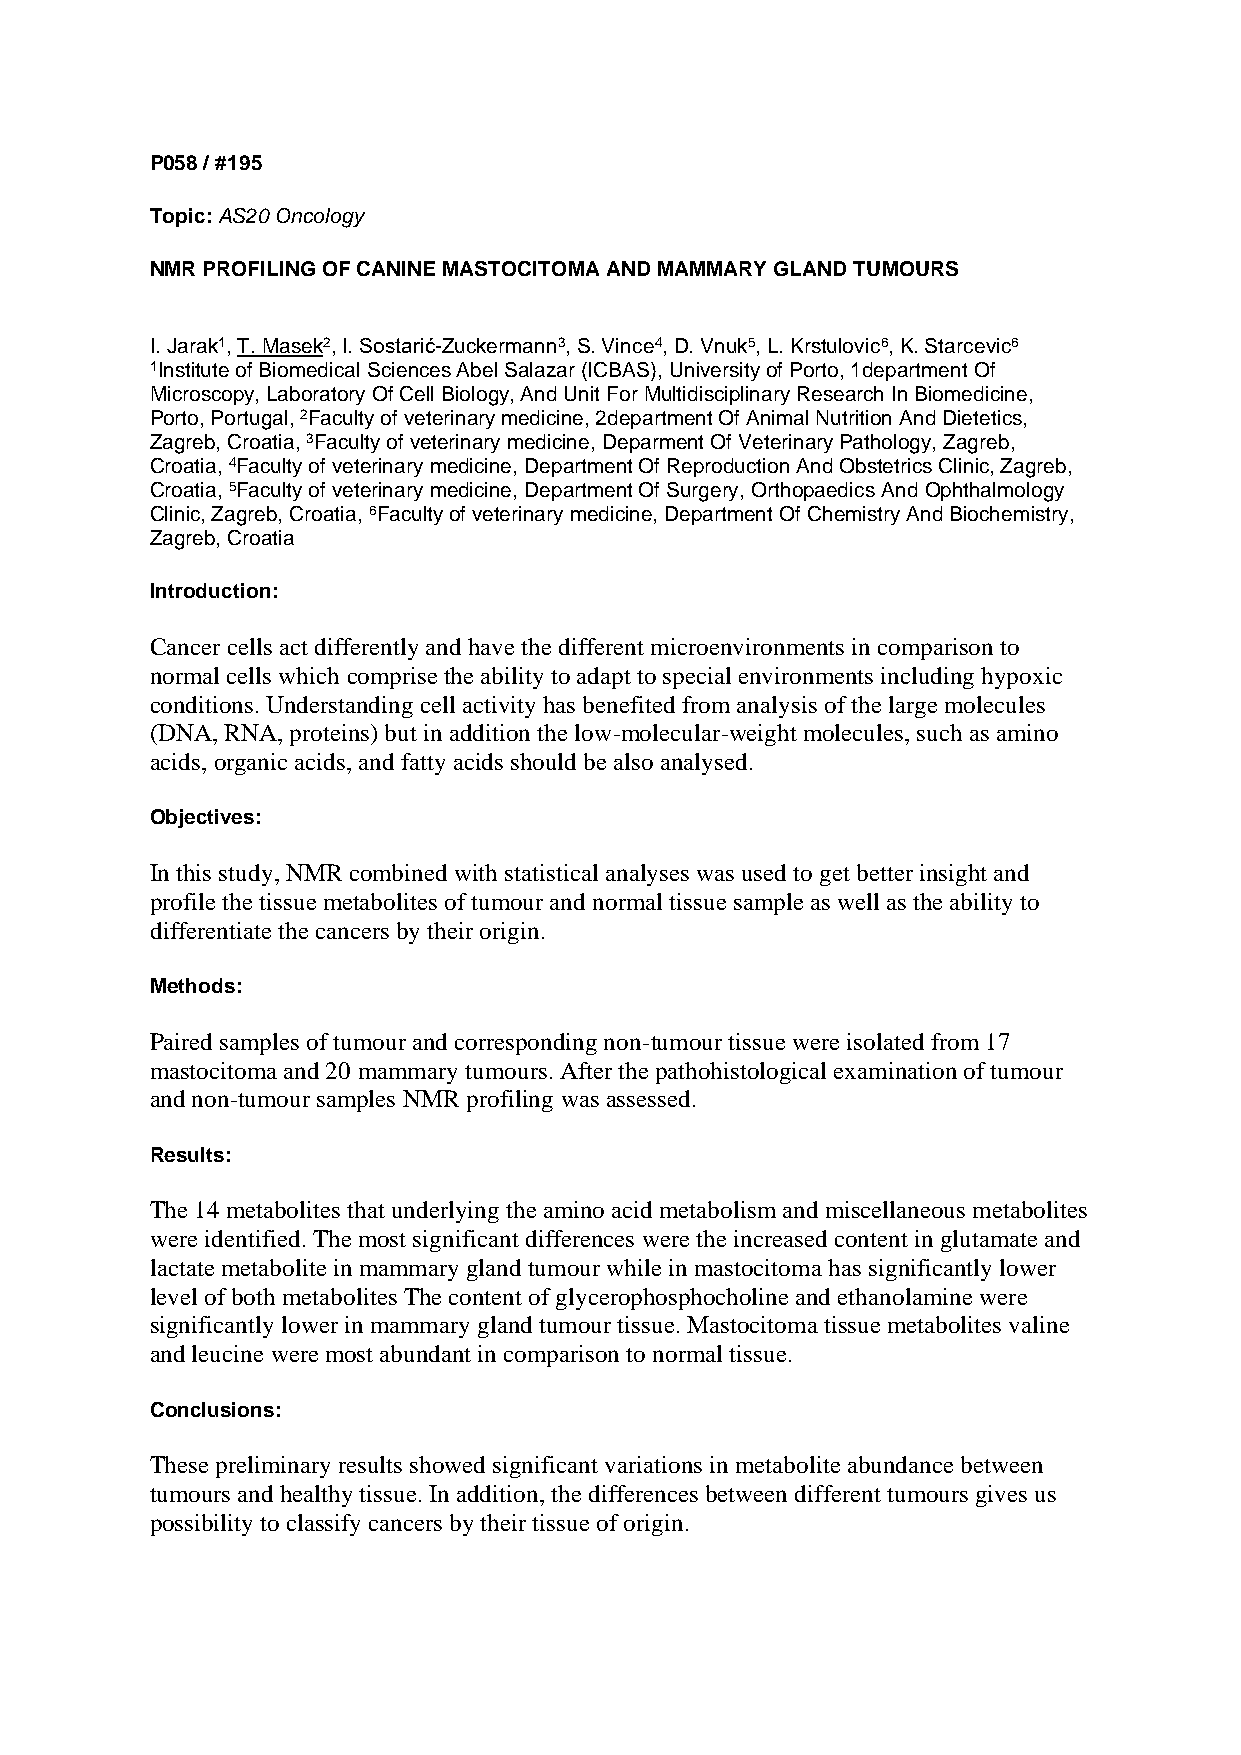
P058 / #195
 Topic: AS20 Oncology
 NMR PROFILING OF CANINE MASTOCITOMA AND MAMMARY GLAND TUMOURS
 I. Jarak1, T. Masek2, I. Sostarić-Zuckermann3, S. Vince4, D. Vnuk5, L. Krstulovic6, K. Starcevic6
 1Institute of Biomedical Sciences Abel Salazar (ICBAS), University of Porto, 1department Of
 Microscopy, Laboratory Of Cell Biology, And Unit For Multidisciplinary Research In Biomedicine,
 Porto, Portugal, 2Faculty of veterinary medicine, 2department Of Animal Nutrition And Dietetics,
 Zagreb, Croatia, 3Faculty of veterinary medicine, Deparment Of Veterinary Pathology, Zagreb,
 Croatia, 4Faculty of veterinary medicine, Department Of Reproduction And Obstetrics Clinic, Zagreb,
 Croatia, 5Faculty of veterinary medicine, Department Of Surgery, Orthopaedics And Ophthalmology
 Clinic, Zagreb, Croatia, 6Faculty of veterinary medicine, Department Of Chemistry And Biochemistry,
 Zagreb, Croatia
 Introduction:
 Cancer cells act differently and have the different microenvironments in comparison to
 normal cells which comprise the ability to adapt to special environments including hypoxic
 conditions. Understanding cell activity has benefited from analysis of the large molecules
 (DNA, RNA, proteins) but in addition the low-molecular-weight molecules, such as amino
 acids, organic acids, and fatty acids should be also analysed.
 Objectives:
 In this study, NMR combined with statistical analyses was used to get better insight and
 profile the tissue metabolites of tumour and normal tissue sample as well as the ability to
 differentiate the cancers by their origin.
 Methods:
 Paired samples of tumour and corresponding non-tumour tissue were isolated from 17
 mastocitoma and 20 mammary tumours. After the pathohistological examination of tumour
 and non-tumour samples NMR profiling was assessed.
 Results:
 The 14 metabolites that underlying the amino acid metabolism and miscellaneous metabolites
 were identified. The most significant differences were the increased content in glutamate and
 lactate metabolite in mammary gland tumour while in mastocitoma has significantly lower
 level of both metabolites The content of glycerophosphocholine and ethanolamine were
 significantly lower in mammary gland tumour tissue. Mastocitoma tissue metabolites valine
 and leucine were most abundant in comparison to normal tissue.
 Conclusions:
 These preliminary results showed significant variations in metabolite abundance between
 tumours and healthy tissue. In addition, the differences between different tumours gives us
 possibility to classify cancers by their tissue of origin.